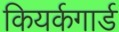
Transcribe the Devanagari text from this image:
कियर्कगार्ड